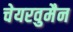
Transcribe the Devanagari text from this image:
चेयरवुमैन